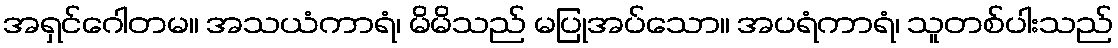
အရှင်ဂေါတမ။ အသယံကာရံ၊ မိမိသည် မပြုအပ်သော။ အပရံကာရံ၊ သူတစ်ပါးသည်